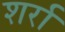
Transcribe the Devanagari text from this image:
शर्रा